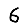
Digit: 6